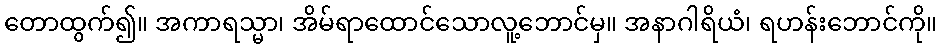
တောထွက်၍။ အကာရသ္မာ၊ အိမ်ရာထောင်သောလူ့ဘောင်မှ။ အနာဂါရိယံ၊ ရဟန်းဘောင်ကို။